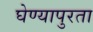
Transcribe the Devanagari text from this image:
घेण्यापुरता